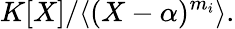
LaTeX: K[X]/\langle(X-\alpha)^{m_{i}}\rangle.